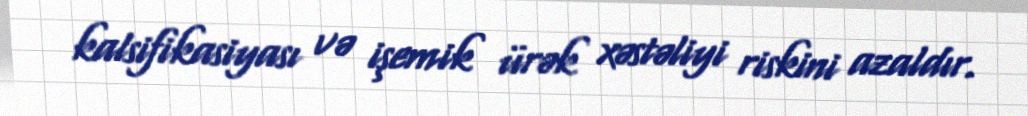
kalsifikasiyası və işemik ürək xəstəliyi riskini azaldır.